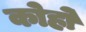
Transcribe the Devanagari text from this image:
कोहो